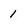
Character: 1